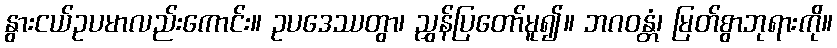
နွားငယ်ဥပမာလည်းကောင်း။ ဥပဒေဿတွာ၊ ညွှန်ပြတော်မူ၍။ ဘဂဝန္တံ၊ မြတ်စွာဘုရားကို။